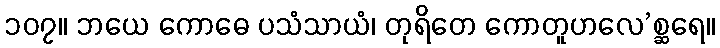
၁၀၇။ ဘယေ ကောဓေ ပသံသာယံ၊ တုရိတေ ကောတူဟလေ’စ္ဆရေ။